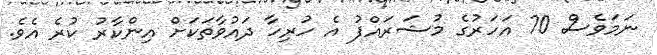
ނަމަވެސް 70 އަހަރުގެ މުޝަރައްފު އެ ހުރިހާ ދައުވާތަކަށް އިންކާރު ކުރެ އެވެ.